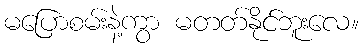
မပြောစမ်းနဲ့ကွာ မတတ်နိုင်ဘူးလေ။